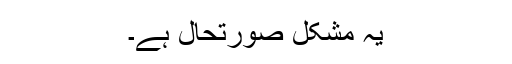
یہ مشکل صورتحال ہے۔